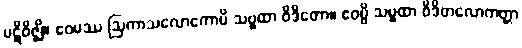
ပဋိဝိဇ္ဈိ။ ဧဝမဿ ဩကာသလောကောပိ သဗ္ဗထာ ဝိဒိတော။ ဧဝမ္ပိ သဗ္ဗထာ ဝိဒိတလောကတ္တာ